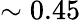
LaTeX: \sim 0.45